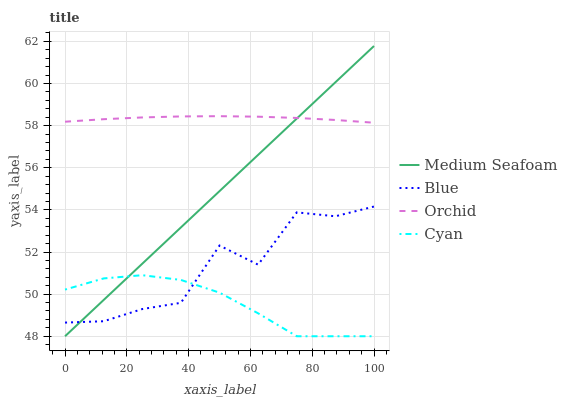
| xaxis_label | Medium Seafoam | Blue | Orchid | Cyan |
 | --- | --- | --- | --- | --- |
 | 0 | 48 | 48.6 | 58.2 | 50.2 |
 | 12.5 | 49.7 | 48.7 | 58.3 | 50.7 |
 | 25 | 51.4 | 49.3 | 58.4 | 50.9 |
 | 37.5 | 53.2 | 49.6 | 58.4 | 50.7 |
 | 50 | 54.9 | 52.3 | 58.4 | 50.1 |
 | 62.5 | 56.6 | 51.4 | 58.4 | 49.1 |
 | 75 | 58.3 | 53.9 | 58.4 | 48 |
 | 87.5 | 60.1 | 53.7 | 58.3 | 48 |
 | 100 | 61.8 | 54.2 | 58.1 | 48 |